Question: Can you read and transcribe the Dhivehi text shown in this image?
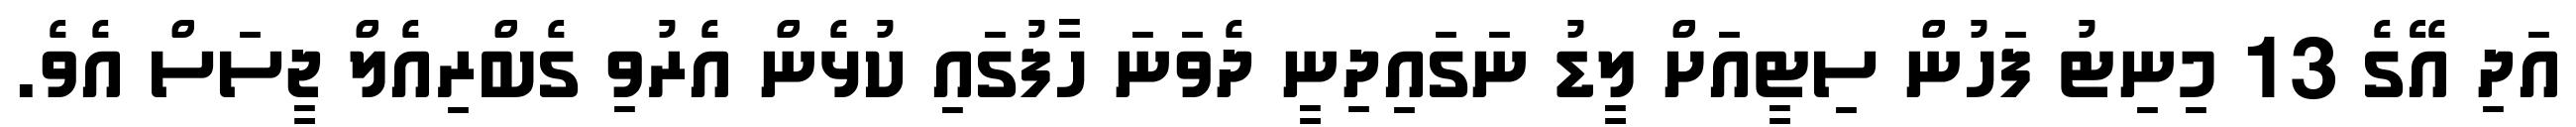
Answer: އަދި އޭގެ 13 މިނިޓު ފަހުން ސިޓީއަށް ލީޑު ނަގައިދިނީ ދެވަނަ ހާފުގައި ކުޅެން އެރުވި ގެބްރިއެލް ޖީސަސް އެވެ.